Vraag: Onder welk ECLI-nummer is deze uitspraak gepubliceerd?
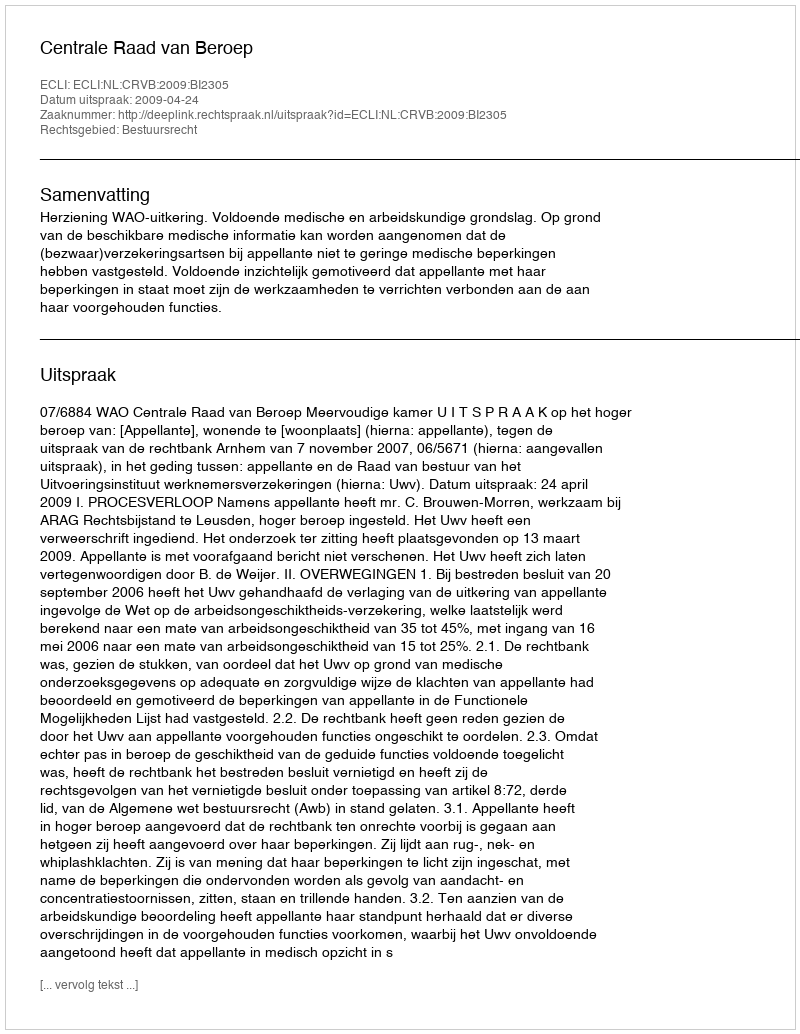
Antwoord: ECLI:NL:CRVB:2009:BI2305